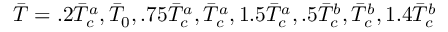
\Bar { T } = . 2 \Bar { T } _ { c } ^ { a } , \Bar { T } _ { 0 } , . 7 5 \Bar { T } _ { c } ^ { a } , \Bar { T } _ { c } ^ { a } , 1 . 5 \Bar { T } _ { c } ^ { a } , . 5 \Bar { T } _ { c } ^ { b } , \Bar { T } _ { c } ^ { b } , 1 . 4 \Bar { T } _ { c } ^ { b }